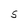
Character: S